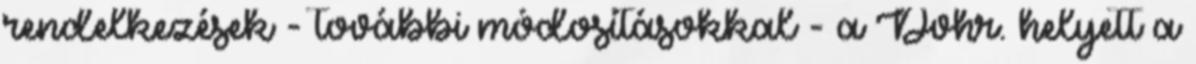
rendelkezések - további módosításokkal - a Dvhr. helyett a